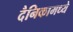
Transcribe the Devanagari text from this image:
दैनिकामध्ये